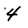
Character: 4